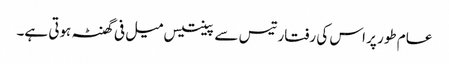
عام طور پر اس کی رفتار تیس سے پینتیس میل فی گھنٹہ ہوتی ہے۔